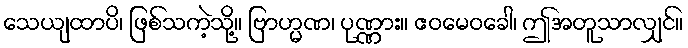
သေယျထာပိ၊ ဖြစ်သကဲ့သို့။ ဗြာဟ္မဏ၊ ပုဏ္ဏား။ ဧဝမေဝခေါ၊ ဤအတူသာလျှင်။